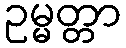
ဥမ္မတ္တာ